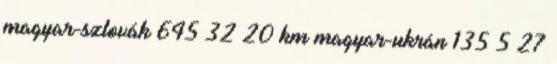
magyar-szlovák 645 32 20 km magyar-ukrán 135 5 27